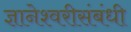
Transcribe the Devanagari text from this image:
ज्ञानेश्वरीसंबंधी